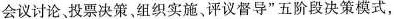
会议讨论、投票决策，组织实施、评议督导”五阶段决策模式，